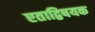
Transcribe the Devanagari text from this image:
एताद्विषयक